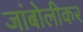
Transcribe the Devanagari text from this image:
जांबोलीकर